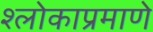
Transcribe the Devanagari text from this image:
श्लोकाप्रमाणे